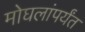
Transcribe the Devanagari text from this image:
मोघलांपर्यंत